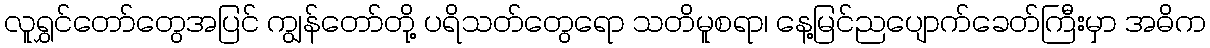
လူရွှင်တော်တွေအပြင် ကျွန်တော်တို့ ပရိသတ်တွေရော သတိမူစရာ၊ နေ့မြင်ညပျောက်ခေတ်ကြီးမှာ အဓိက